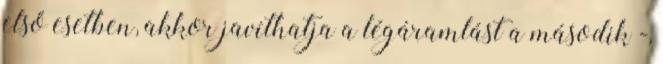
első esetben, akkor javíthatja a légáramlást a második -,